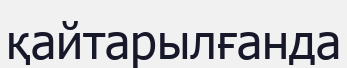
қайтарылғанда